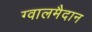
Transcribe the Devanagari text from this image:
ग्वालमैदान